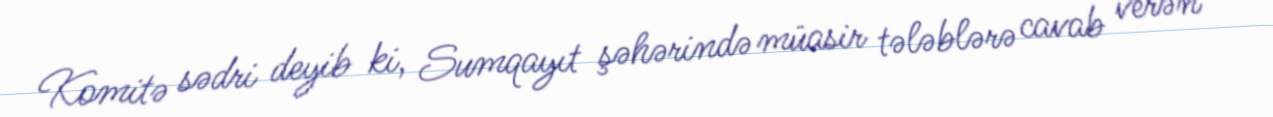
Komitə sədri deyib ki, Sumqayıt şəhərində müasir tələblərə cavab verən